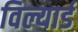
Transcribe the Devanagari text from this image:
विल्यार्ड